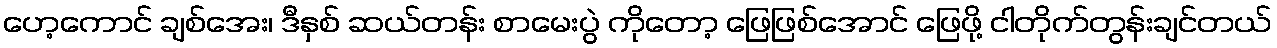
ဟေ့ကောင် ချစ်အေး၊ ဒီနှစ် ဆယ်တန်း စာမေးပွဲ ကိုတော့ ဖြေဖြစ်အောင် ဖြေဖို့ ငါတိုက်တွန်းချင်တယ်